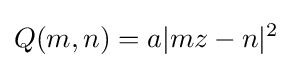
Q(m,n)=a|mz-n|^{2}\